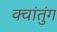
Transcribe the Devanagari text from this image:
क्वांतुंग